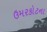
ઉમરકોટના